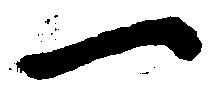
一